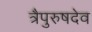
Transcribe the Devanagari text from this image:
त्रैपुरुषदेव